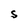
Character: S